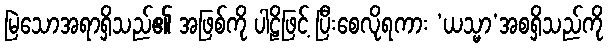
မြဲသောအရာရှိသည်၏ အဖြစ်ကို ပါဠိဖြင့် ပြီးစေလိုရကား ‘ယသ္မာ’အစရှိသည်ကို